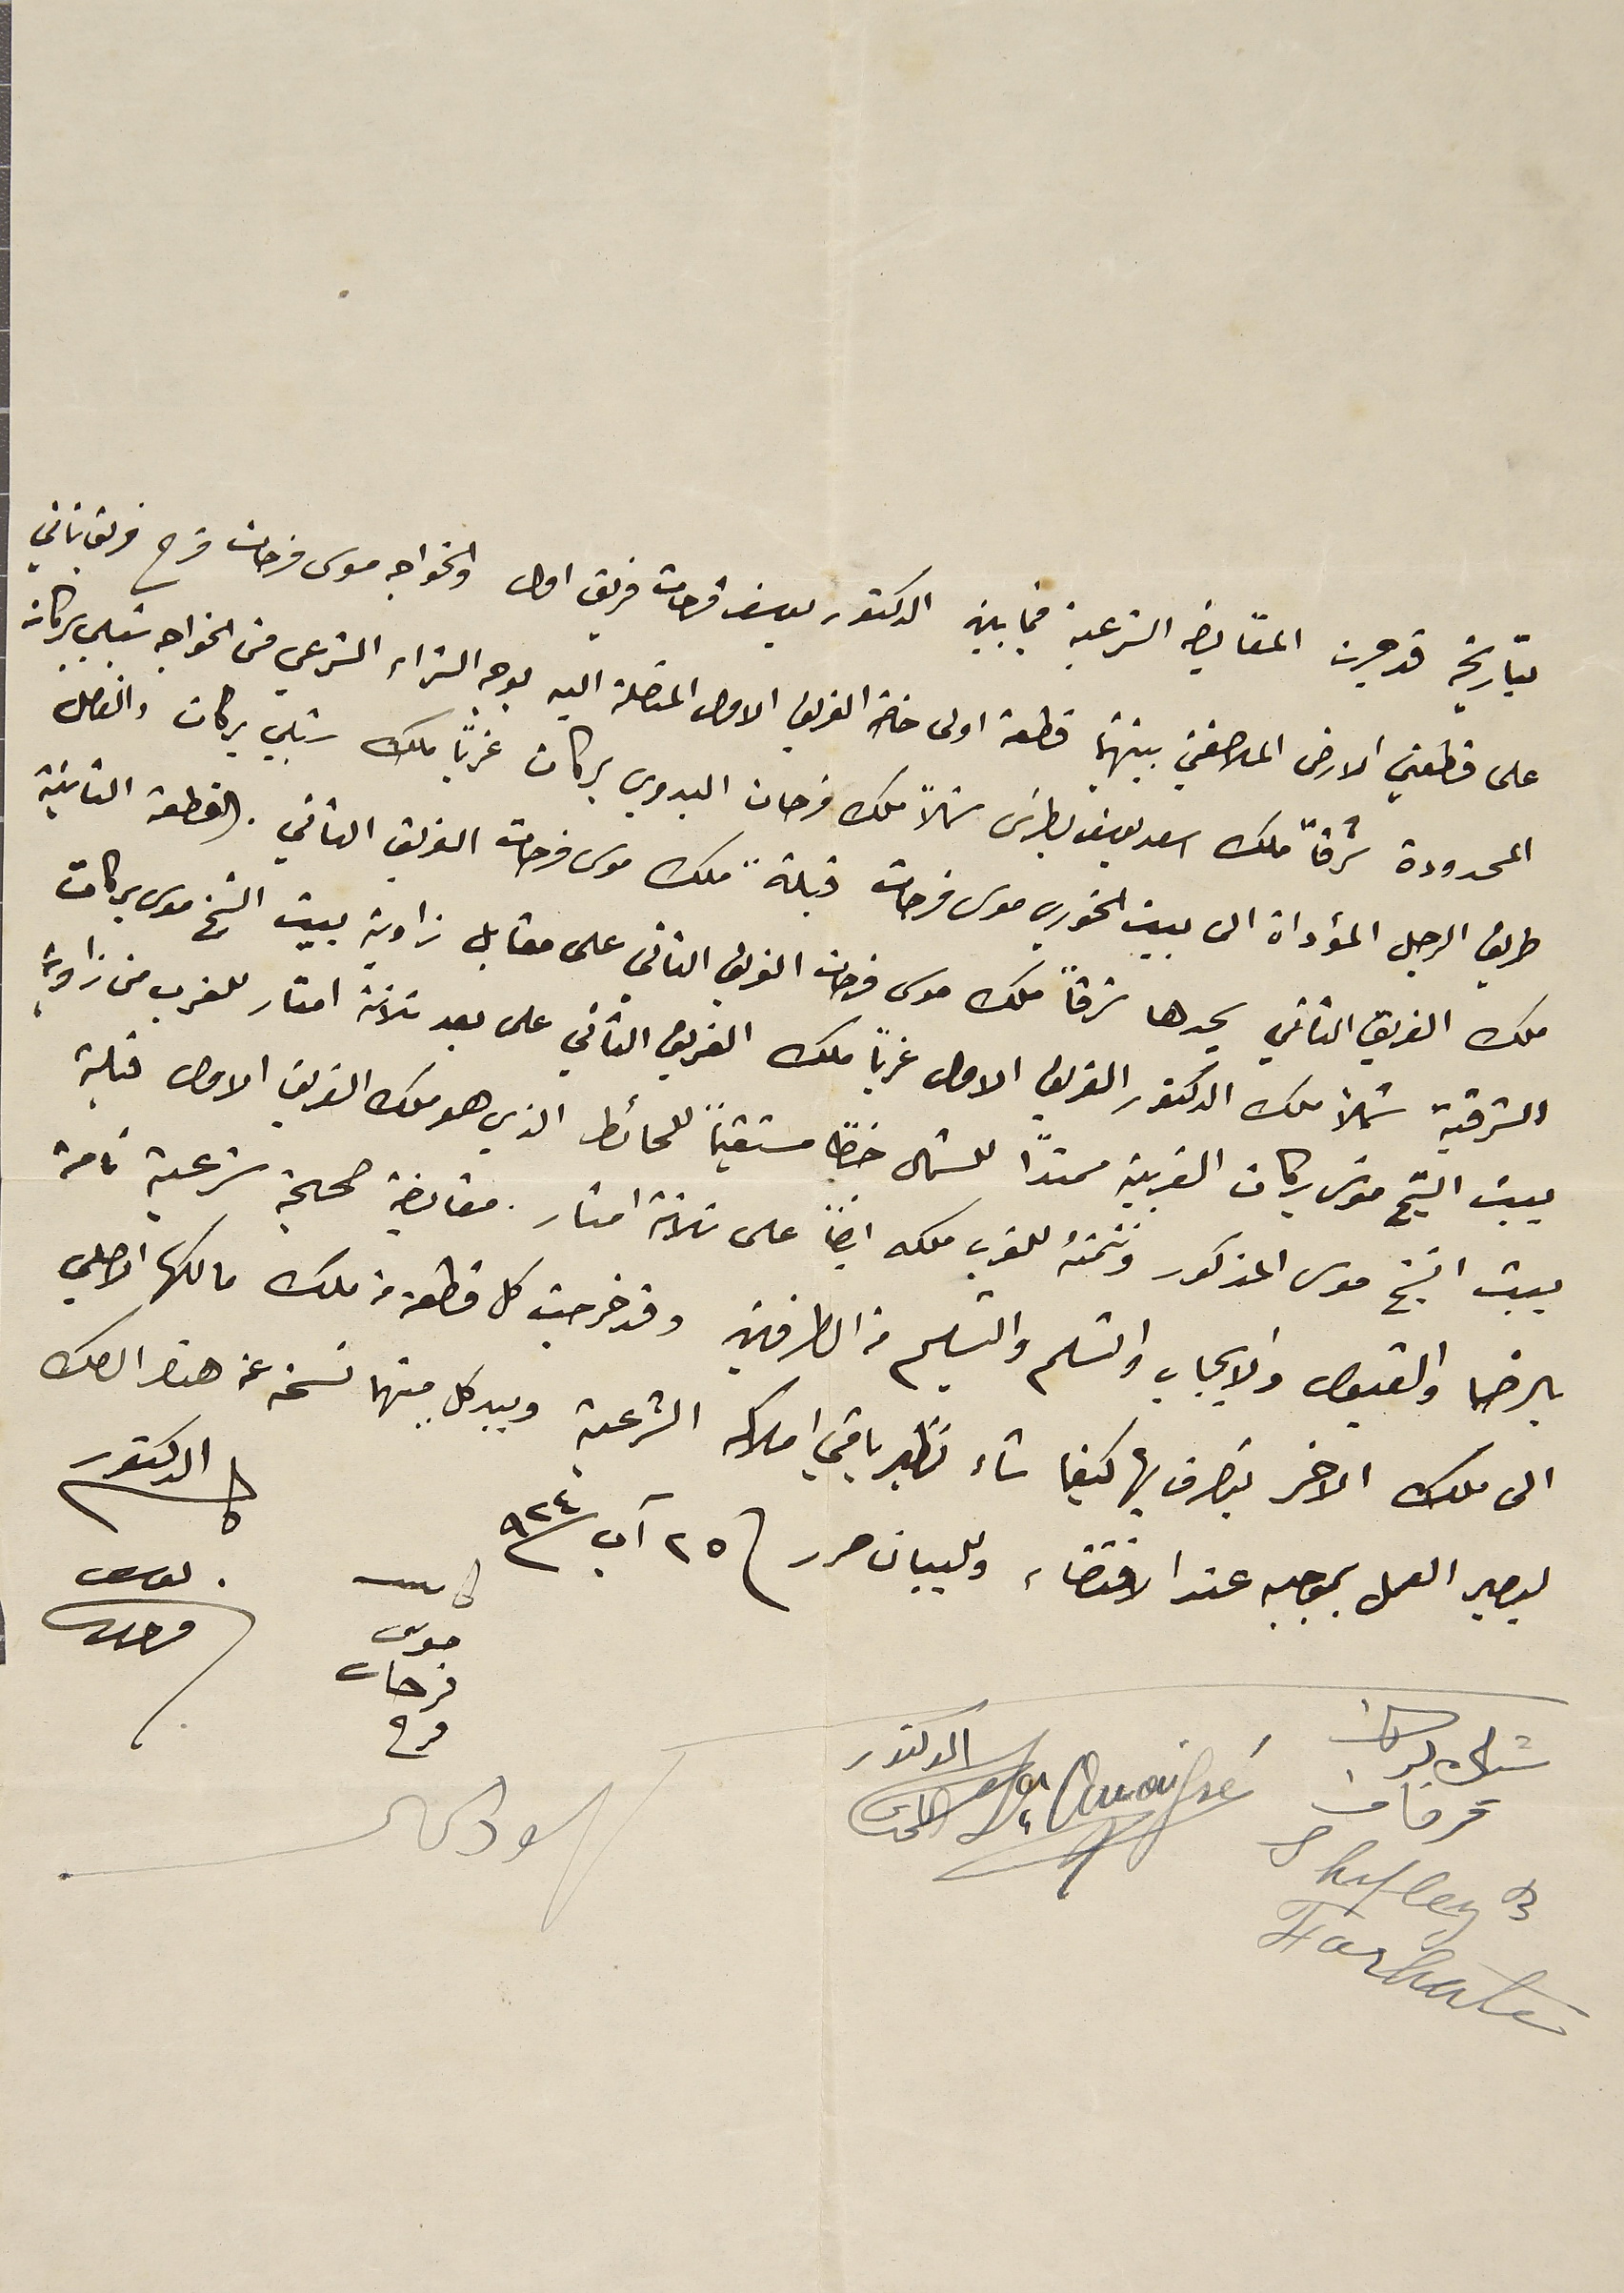
بتاريخه قد جرت المقايضه الشرعية فيما بين الدكتور يوسف فرحات فريق اول والخواجه موسى فرحات فرح فريق ثاني
على قطعتي الارض الملاصقتي بينهما قطعة اولى خاصة الفريق الاول المتصلة اليه بوجه الشراء الشرعي من الخواجه شبلي بركات
المحدودة شرقاً ملك اسعد يوسف بطرسَ شمالاً ملك فرحات البدوي بركات غرباً ملك شبلي بركات والفاصل
طريق الرجل المؤداة الى بيت الخوري موسى فرحات قبلةً ملك موسى فرحات الفريق الثاني. القطعة الثانية
ملك الفريق الثاني يحدها شرقاً ملك موسى فرحات الفريق الثاني على مقابل زاوية بيت الشيخ موسى بركات
الشرقية شملاً ملك الدكتور الفريق الاول غرباً ملك الفريق الثاني على بعد ثلاثة امتار للغرب من زاوية
بيت الشيخ موسَى بركات الغربية ممتدًا للشمال خظًا مستقيماً للحائط الذي هو ملك الفريق الاول قبلة
بيت الشيخ موسى المذكور وتتمتهُ للغرب ملكه ايضاً على ثلاثة امتار مقايضة صحيحة شرعية تامة
بالرضا والقبول والايجاب والتسلم والتسليم من الطرفين وقد خرجت كل قطعة من ملك مالكها الاصلي
الى ملك الاخر يتصرف بها كيفما شاء نظير باقي املاكه الشرعية وبيد كلٍ منهما نسَخة عن هذا الصك
ليصير العمل بموجبه عند الاقتضاء وللبيان حرر فى ٢٥ آب ٩٢٤           الدكتور
كاتب موسى فرحات فرح يوسف فرحات
شبلى بركات فرحات الدكتور
شهود الحال